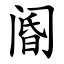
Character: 阍